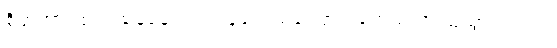
စိတ်အားထက်သန်နေသည့် သူ့လေသံကြောင့် ဟေယံ အံ့ဩသွား သည်။